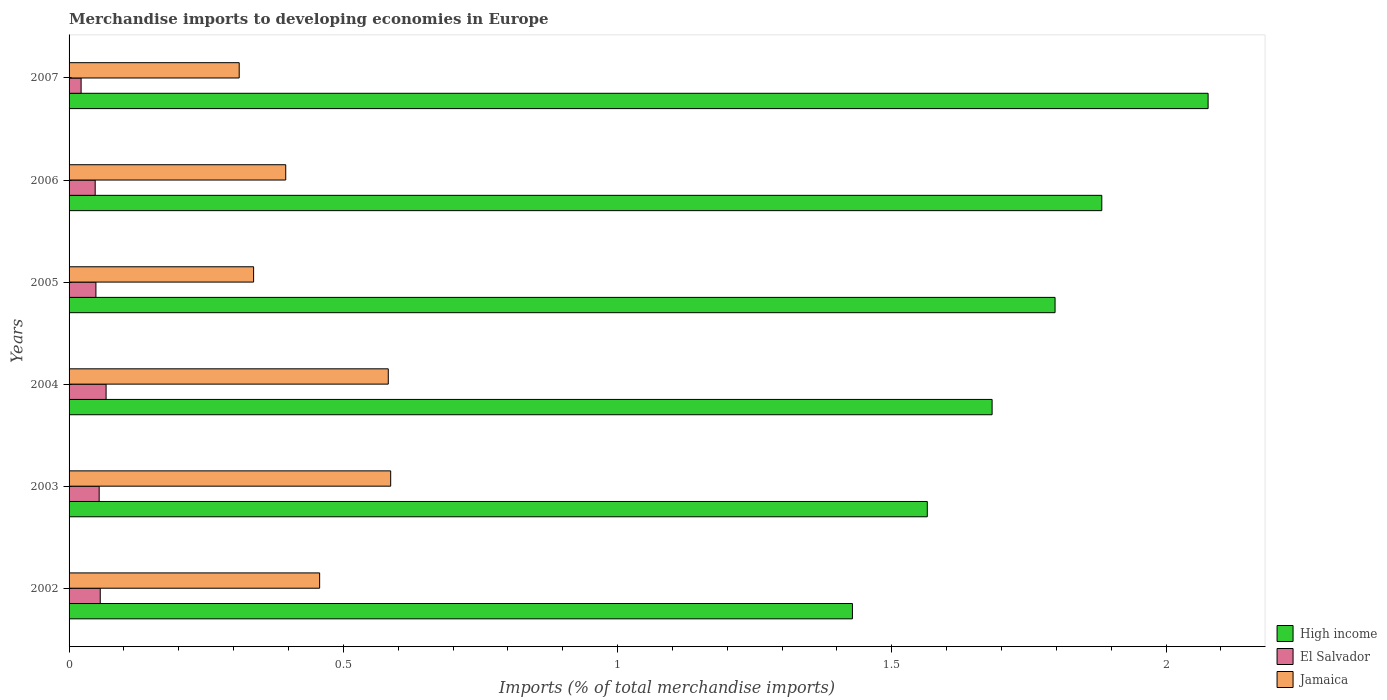
| Years | High income | El Salvador | Jamaica |
 | --- | --- | --- | --- |
 | 2002 | 1.43 | 0.0568 | 0.457 |
 | 2003 | 1.56 | 0.0549 | 0.586 |
 | 2004 | 1.68 | 0.0675 | 0.582 |
 | 2005 | 1.8 | 0.0489 | 0.336 |
 | 2006 | 1.88 | 0.0476 | 0.395 |
 | 2007 | 2.08 | 0.0219 | 0.31 |